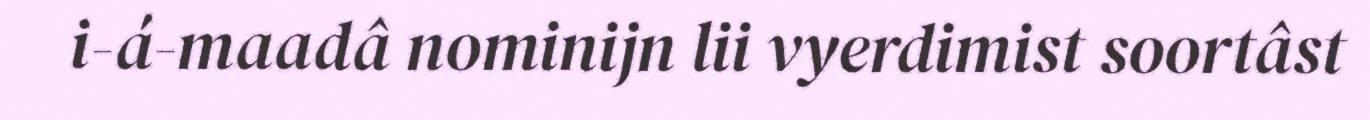
i-á-maadâ nominijn lii vyerdimist soortâst